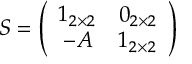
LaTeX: S = \left( \begin{array} { c c } { { 1 _ { 2 \times 2 } } } & { { 0 _ { 2 \times 2 } } } \\ { { - A } } & { { 1 _ { 2 \times 2 } } } \end{array} \right)